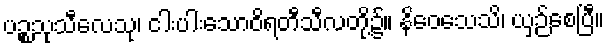
ပဉ္စသုသီလေသု၊ ငါးပါးသောဝိရတီသီလတို့၌။ နိဝေသေသိ၊ ယှဉ်စေပြီ။